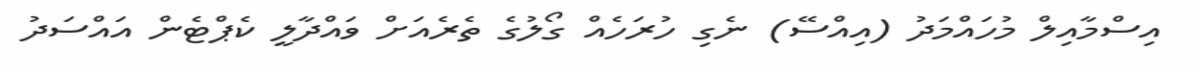
އިސްމާއިލް މުހައްމަދު (އިއްސޭ) ނެގި ހުރަހެއް ގޯލުގެ ތެރެއަށް ވައްދާލީ ކެޕްޓެން އައްސަދު